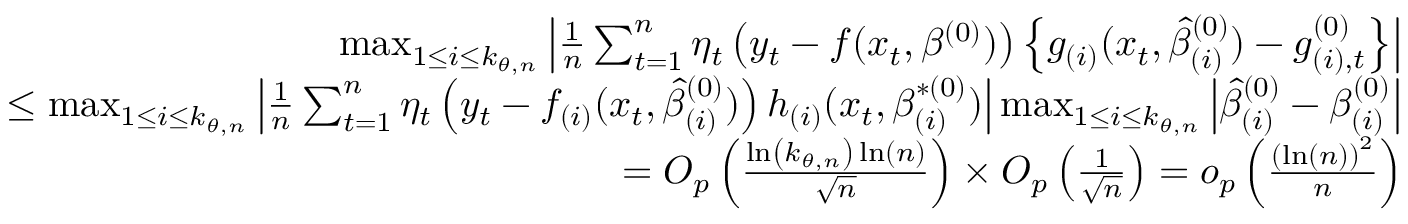
\begin{array} { r l r } & { } & { \operatorname* { m a x } _ { 1 \leq i \leq k _ { \theta , n } } \left\vert \frac { 1 } { n } \sum _ { t = 1 } ^ { n } \eta _ { t } \left( y _ { t } - f ( x _ { t } , \beta ^ { ( 0 ) } ) \right) \left\{ g _ { ( i ) } ( x _ { t } , \hat { \beta } _ { ( i ) } ^ { ( 0 ) } ) - g _ { ( i ) , t } ^ { ( 0 ) } \right\} \right\vert } \\ & { } & { \mathrm { ~ \ \ \ \ \ \ \ } \leq \operatorname* { m a x } _ { 1 \leq i \leq k _ { \theta , n } } \left\vert \frac { 1 } { n } \sum _ { t = 1 } ^ { n } \eta _ { t } \left( y _ { t } - f _ { ( i ) } ( x _ { t } , \hat { \beta } _ { ( i ) } ^ { ( 0 ) } ) \right) h _ { ( i ) } ( x _ { t } , \beta _ { ( i ) } ^ { \ast ( 0 ) } ) \right\vert \operatorname* { m a x } _ { 1 \leq i \leq k _ { \theta , n } } \left\vert \hat { \beta } _ { ( i ) } ^ { ( 0 ) } - \beta _ { ( i ) } ^ { ( 0 ) } \right\vert } \\ & { } & { \mathrm { ~ \ \ \ \ \ \ \ } = O _ { p } \left( \frac { \ln \left( k _ { \theta , n } \right) \ln \left( n \right) } { \sqrt { n } } \right) \times O _ { p } \left( \frac { 1 } { \sqrt { n } } \right) = o _ { p } \left( \frac { \left( \ln \left( n \right) \right) ^ { 2 } } { n } \right) } \end{array}